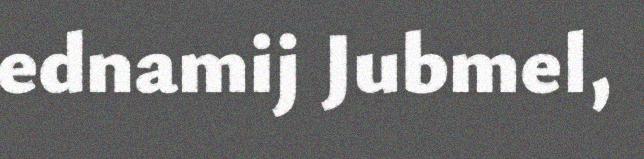
ednamij Jubmel,